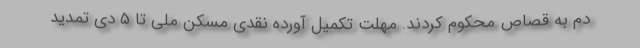
دم به قصاص محکوم کردند. مهلت تکمیل آورده نقدی مسکن ملی تا ۵ دی تمدید